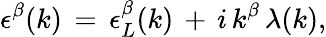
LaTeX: \epsilon^{\beta}(k)\, =\, \epsilon_{L}^{\beta}(k)\, +\, i\, k^{\beta}\, \lambda(k),